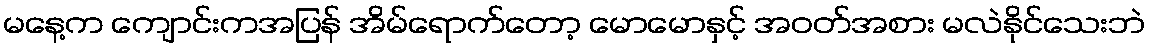
မနေ့က ကျောင်းကအပြန် အိမ်ရောက်တော့ မောမောနှင့် အဝတ်အစား မလဲနိုင်သေးဘဲ